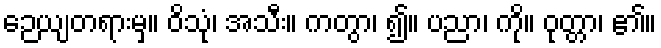
ဉေယျတရားမှ။ ဝိသုံ၊ အသီး။ ကတွာ၊ ၍။ ပညာ၊ ကို။ ဝုတ္တာ၊ ၏။